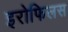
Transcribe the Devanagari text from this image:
इरोफिलस